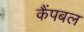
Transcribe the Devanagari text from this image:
कैंपबल